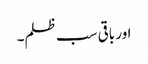
اور باقی سب ظلم۔